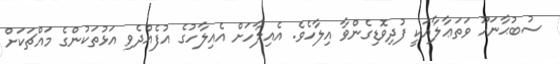
ސުބުޙާނަހޫ ވަތަޢާލާއަކީ ފުދިވޮޑިގެންވާ އިލާހެވެ. އެއިލާހަށް އެއިލާހުގެ އުފެއްދެވި އަޅުތަކުންގެ މައްޗަކަށް